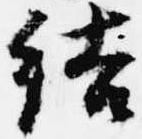
結